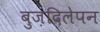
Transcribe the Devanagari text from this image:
बुज़दिलेपन